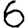
Digit: 6